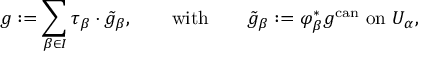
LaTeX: g : = \sum _ { \beta \in I } \tau _ { \beta } \cdot { \tilde { g } } _ { \beta } , \qquad { \mathrm { w i t h } } \qquad { \tilde { g } } _ { \beta } : = \varphi _ { \beta } ^ { * } g ^ { \mathrm { c a n } } \, \, { \mathrm { o n } } \, \, U _ { \alpha } ,